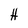
Character: H